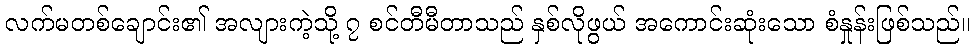
လက်မတစ်ချောင်း၏ အလျားကဲ့သို့ ၇ စင်တီမီတာသည် နှစ်လိုဖွယ် အကောင်းဆုံးသော စံနှုန်းဖြစ်သည်။